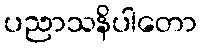
ပညာသနိပါတော